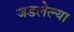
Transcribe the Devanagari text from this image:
जडलेल्या